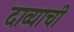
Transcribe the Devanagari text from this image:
दाव्याची